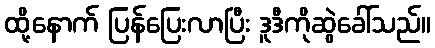
ထို့နောက် ပြန်ပြေးလာပြီး ဒူဒီကိုဆွဲခေါ်သည်။